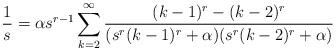
LaTeX: \begin{align*}\frac{1}{s}=\alpha{s^{r-1}}\sum_{k=2}^{\infty}{\frac{(k-1)^r-(k-2)^r}{(s^r(k-1)^r+\alpha)(s^r(k-2)^r+\alpha)}} \end{align*}